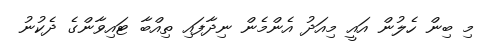
މި ބިން ހެލުން އައީ މިއަދު އެންމެން ނިދާފައި ތިއްބާ ޓައިވާންގެ ދެކުނު